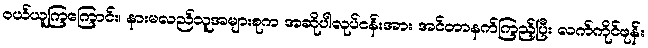
ဝယ်ယူကြကြောင်း၊ နားမလည်သူအများစုက အဆိုပါလုပ်ငန်းအား အင်တာနက်ကြည့်ပြီး လက်ကိုင်ဖုန်း